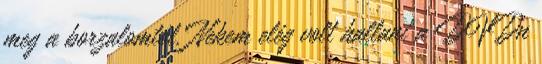
meg a borzalomtól. Nekem elég volt hallani a DVDn